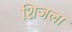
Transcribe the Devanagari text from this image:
शिजला